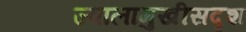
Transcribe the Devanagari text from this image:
ज्वालामुखीसदृश